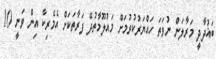
ބަޣުދާދީ މަރާލަން ނުވަތަ ހައްޔަރުކުރުމަށް މައުލޫމާތުދޭ ފަރާތަކަށް އެމެރިކާ އިން ވަނީ 10